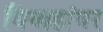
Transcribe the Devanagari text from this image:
विवाहांवर